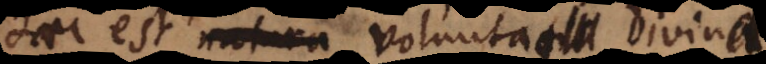
haec est natura voluntatis divinae,